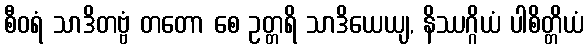
စီဝရံ သာဒိတဗ္ဗံ တတော စေ ဥတ္တရိ သာဒိယေယျ, နိဿဂ္ဂိယံ ပါစိတ္တိယံ